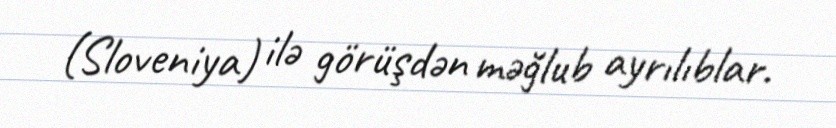
(Sloveniya) ilə görüşdən məğlub ayrılıblar.